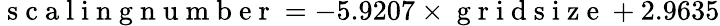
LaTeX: \mathrm{~s~c~a~l~i~n~g~n~u~m~b~e~r~}=-5.9207\times\mathrm{~g~r~i~d~s~i~z~e~}+2.9635